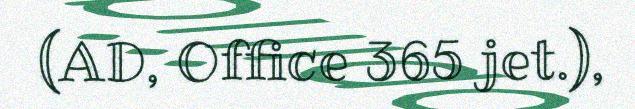
(AD, Office 365 jet.),